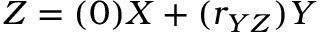
Z = ( 0 ) X + ( r _ { Y Z } ) Y